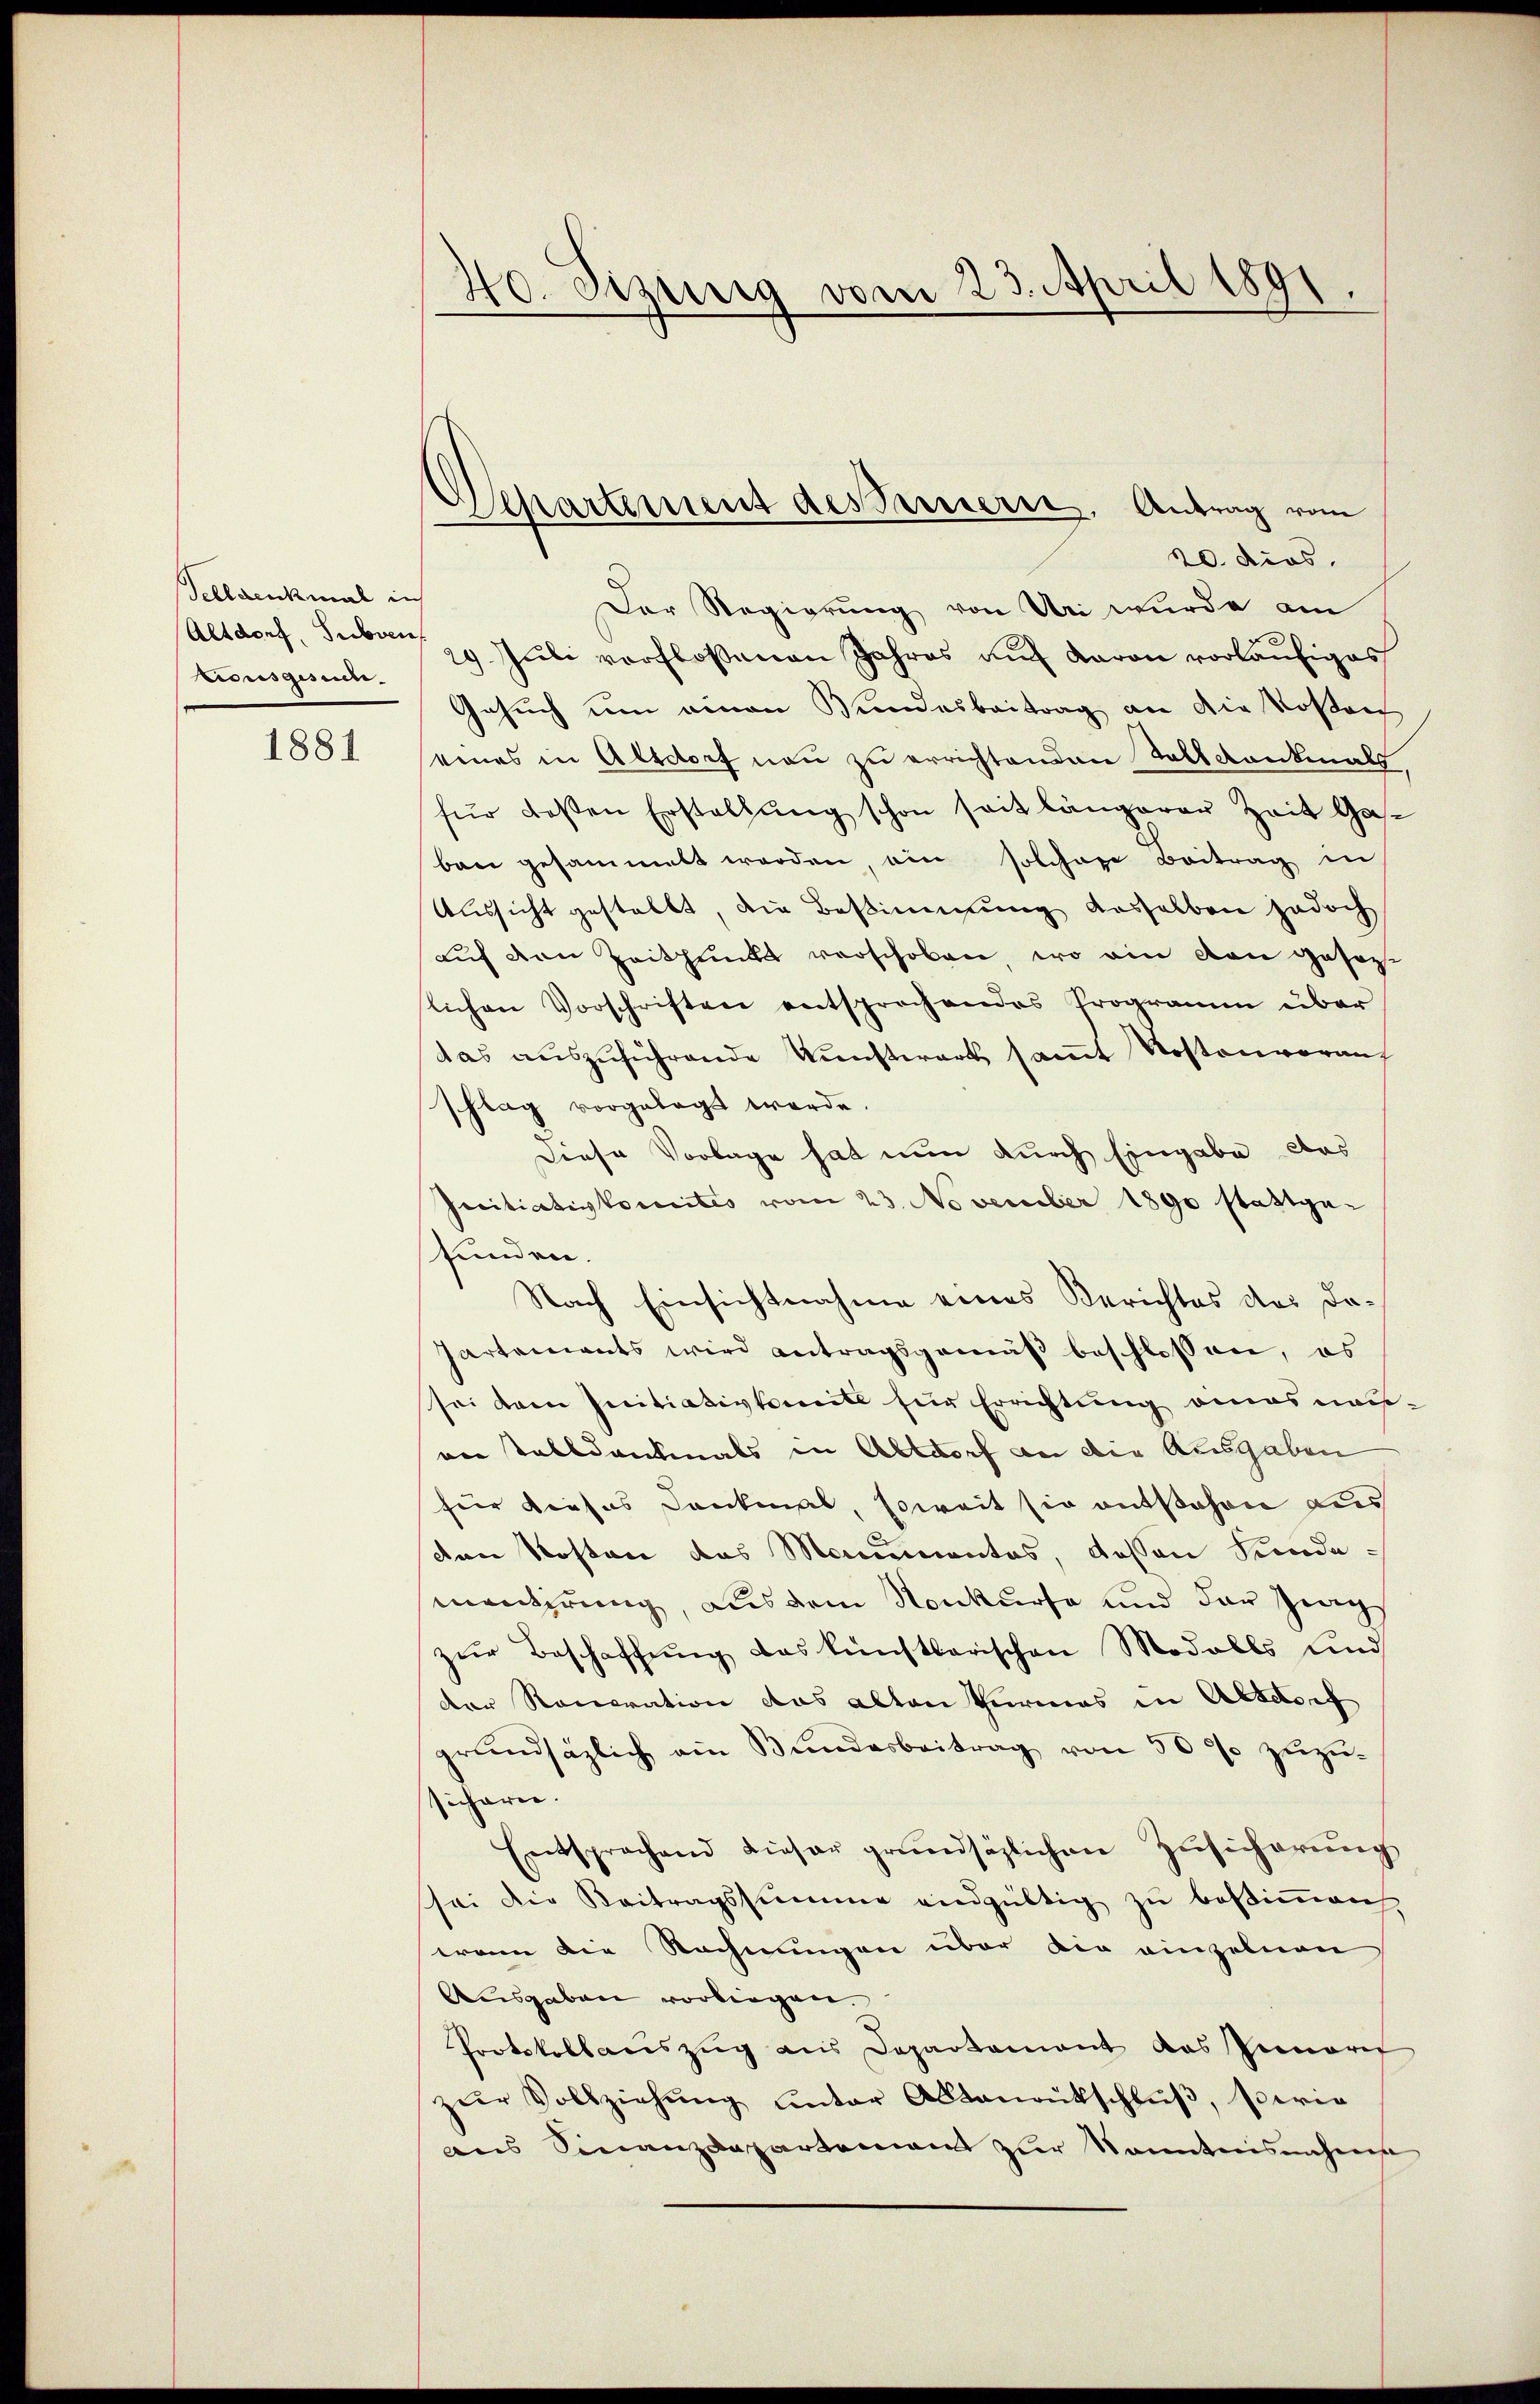
Tellaenkmal in
Altdorf, Subven
Eidusgesunde.

1881

40. Sizinig vom 23. April 1891.

20. dies
Der Regierung von Uri wurde am
29. Juli verflossenen Jahres auf Baron vorläufiges
Gesuch um amon Bundesbeitrag an die Kosten
eines in Altdorf neu zu errichtenden Saltdankmals
für deßen Erstellung schon seit längerer Zeit Gabani gesammelt werden ein solchen Beitrag in
Aussicht gestellt, die Bestimmung desselben jedoch
auf den Zeithunde verschoben, wo ein von gesortichen Vorschriften entsprochendes Programm über
das auszuführende Kunsterart samt Kostenvorauf
schlag vorgelegt werde.
Diese Vorlage hat nun durch Eingabe das
srcitiativkomites vom 23. November 1890 stattge-
funden.
Nach Einsichtnahme eines Berichtes des Do¬
Partements wird antragsgemäß beschlossen, es
sei dem Initiativkomite für Errichtung amasnau-
von Talldausmals in Altdorf an die Ausgaben
für dieses Dankmal, soweit sie entstehen aus
den Kosten des Monumentes, dessen Funde
mantirung, aus dem Konkurse und der Zings
zŭr Beschaffŭng das künstlerischen Modalls und
der Ronoration das alten Turmas in Altdorf
grŭndsätzlich am Bŭndesbeitrag von 500 zŭzŭ-
sicheren.
Entsprachend dieser grundsätzlichen Zŭsicherŭng
sei die Beitragssumme endgültig zu bestimmen
wenn die Rechnungen über die einzelnen
Ausgaben vorliegen.
Protokollauszug aus Departament das Peenare
zŭr Vollziehŭng ŭnter Altanentschlŭβ, perie
aus Finanzdepartement zur Kenntnisnehme

Departement des Fernern, Antrag vom